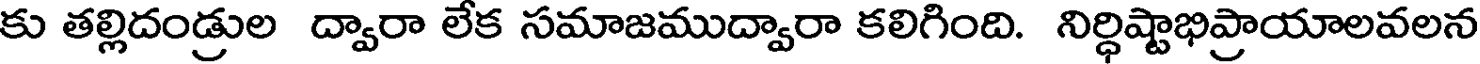
కు తల్లిదండ్రుల ద్వారా లేక సమాజముద్వారా కలిగింది. నిర్ధిష్టాభిప్రాయాలవలన